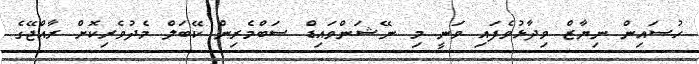
ހުސައިން ނިޔާޒް ވިދާޅުވެފައި ވަނީ މި ނޭޝަންވައިޑް ސަބްމެރިން ކޭބަލް މެދުވެރިކޮށް ރާއްޖޭގެ